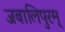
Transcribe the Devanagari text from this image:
जबालिपुरम्